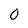
Character: 0